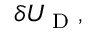
\delta U _ { \textrm { D } } ,